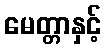
မေတ္တာနှင့်